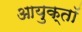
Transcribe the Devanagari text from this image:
आयुक्तॉ